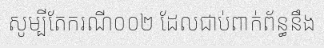
សូម្បីតែករណី០០២ ដែលជាប់ពាក់ព័ន្ធនឹង